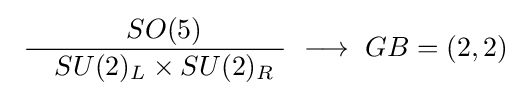
\ {\frac {~~SO(5)}{\ ~~SU(2)_{L}\times SU(2)_{R}\ }}\ \longrightarrow \ GB=(2,2)\